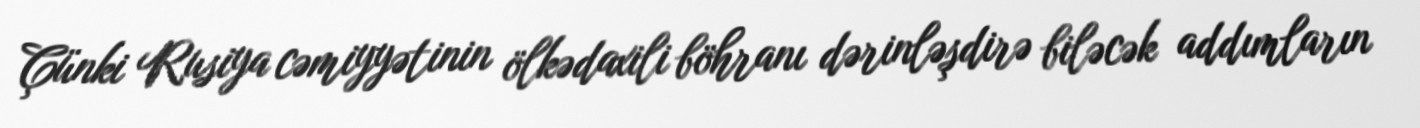
Çünki Rusiya cəmiyyətinin ölkədaxili böhranı dərinləşdirə biləcək addımların